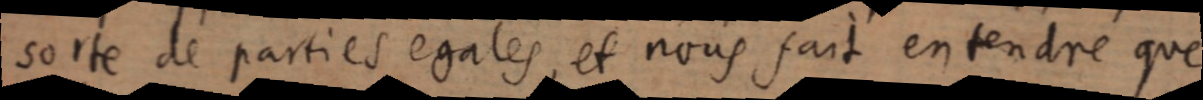
sorte de parties egales, et nous fait entendree que